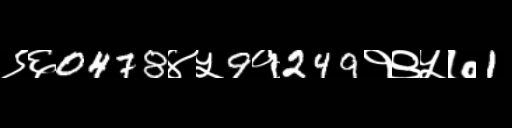
Text: ९६0478४५9१249१९५७1